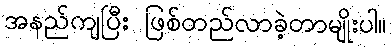
အနည်ကျပြီး ဖြစ်တည်လာခဲ့တာမျိုးပါ။